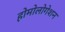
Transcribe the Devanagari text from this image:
होमोलोगेशन